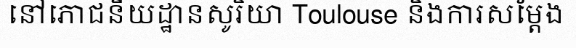
នៅភោជនីយដ្ឋានសូរិយា Toulouse និងការសម្តែង